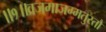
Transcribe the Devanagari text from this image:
॥१॥व्रजमाजग्मतुस्तौ